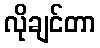
လိုချင်တာ